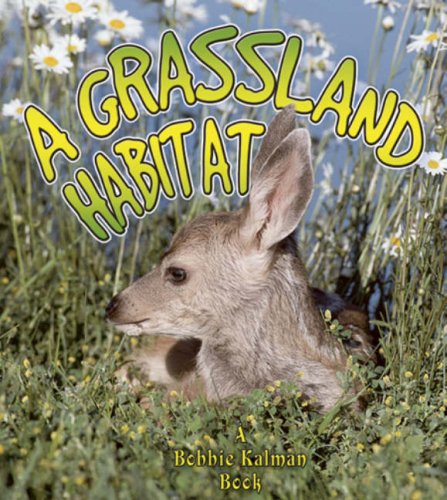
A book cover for A Grassland Habitat (Introducing Habitats); Kelley MacAulay; Children's Books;